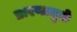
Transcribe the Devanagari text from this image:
प्रारणामुळे